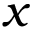
x